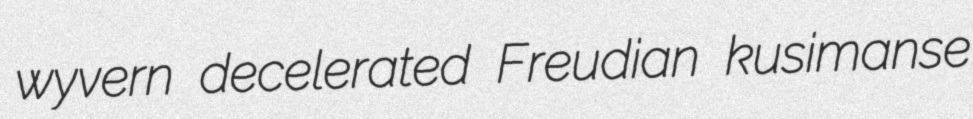
wyvern decelerated Freudian kusimanse